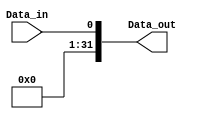
module F_sign_extend_1_32 (
    input  wire            Data_in,
    output wire    [31:0]  Data_out 
);

    assign Data_out = {{31{1'b0}}, Data_in};
    
endmodule